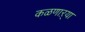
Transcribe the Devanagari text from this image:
कळणाऱ्या